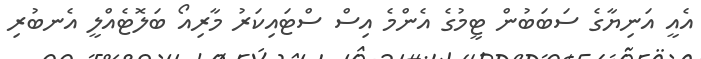
އެއީ އަނިޔާގެ ސަބަބުން ޓީމުގެ އެންމެ އިސް ސްޓައިކަރު މާރިއޯ ބަލޮޓެއްލީ އެނބުރި